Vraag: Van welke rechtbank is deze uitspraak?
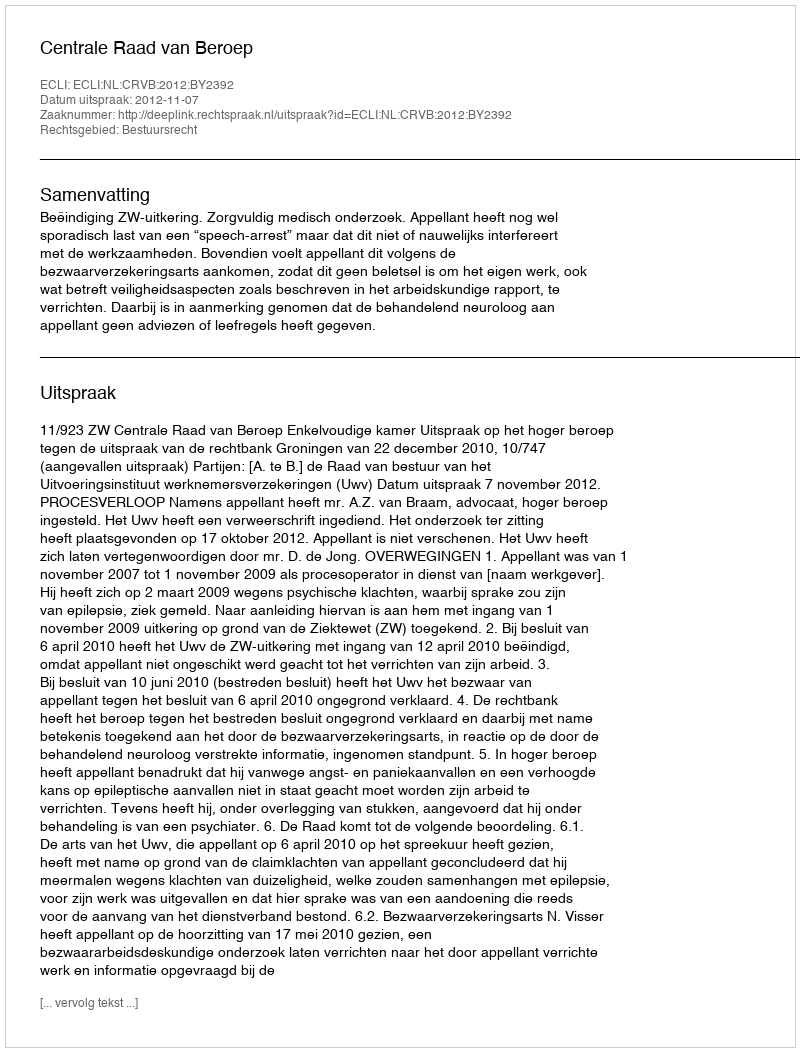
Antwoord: Centrale Raad van Beroep